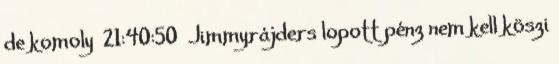
de komoly 21:40:50 Jimmyrájders lopott pénz nem kell köszi